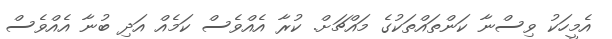
އެމީހަކު ވިސްނާ ކަންތައްތަކުގެ މައްޗަށް. ކުރާ އެއްވެސް ކަމެއް އަދި ބުނާ އެއްވެސް